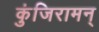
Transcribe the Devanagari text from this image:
कुंजिरामन्